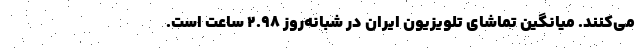
می‌کنند. میانگین تماشای تلویزیون ایران در شبانه‌روز ۲.۹۸ ساعت است.